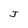
Character: J